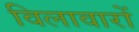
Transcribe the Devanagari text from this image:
विलावारों